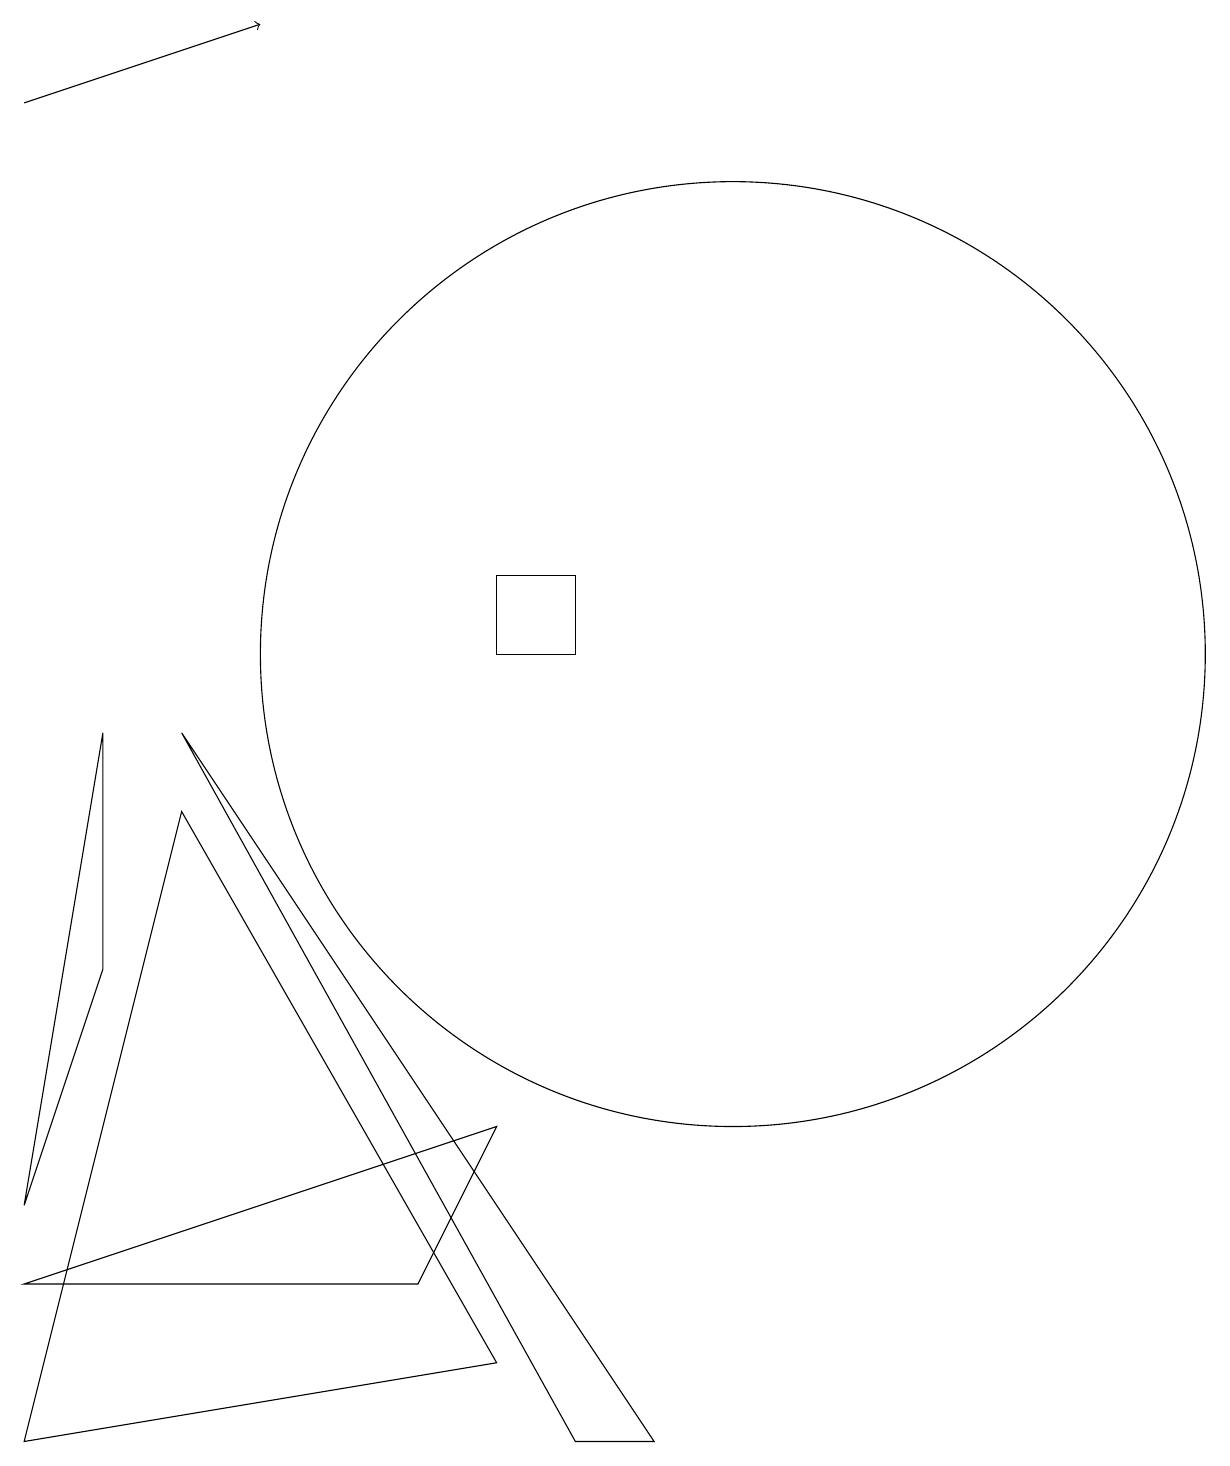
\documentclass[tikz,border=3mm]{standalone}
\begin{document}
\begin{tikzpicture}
\draw[->] (1,17) -- (4,18);
\draw (10,10) circle (6);
\draw (7,4) -- (1,2) -- (6,2) -- cycle;
\draw (1,3) -- (2,9) -- (2,6) -- cycle;
\draw (3,8) -- (1,0) -- (7,1) -- cycle;
\draw (8,11) rectangle (7,10);
\draw (9,0) -- (8,0) -- (3,9) -- cycle;
\draw (11,10) circle (0);
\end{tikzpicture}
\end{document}